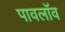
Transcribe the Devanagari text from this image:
पावलॉव